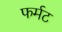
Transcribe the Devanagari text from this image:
फर्मट